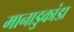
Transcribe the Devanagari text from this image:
मानाडुकांडा